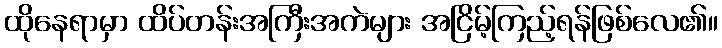
ထိုနေရာမှာ ထိပ်တန်းအကြီးအကဲများ အငြိမ့်ကြည့်ရန်ဖြစ်လေ၏။